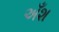
અઁશ